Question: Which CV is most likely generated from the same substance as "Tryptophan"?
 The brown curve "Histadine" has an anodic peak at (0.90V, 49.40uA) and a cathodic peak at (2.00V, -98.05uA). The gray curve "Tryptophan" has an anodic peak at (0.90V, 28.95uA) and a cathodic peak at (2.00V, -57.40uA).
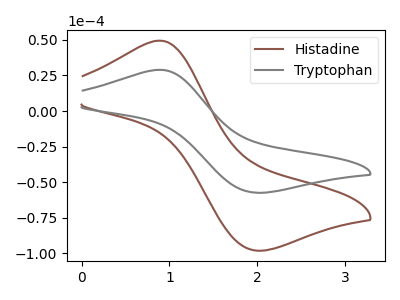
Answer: <think>All the peaks in "Histadine" have a peak in "Tryptophan" at the same potential. Every peak in "Histadine" is higher than every peak in "Tryptophan".
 </think>
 <answer>The CV with the most similar shape to "Histadine" is "Tryptophan".</answer>
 <eval>"Tryptophan"</eval>